Civil Veterinary Dept. Bombay admin report 1893-99 - 1893-1899
Year: 1893
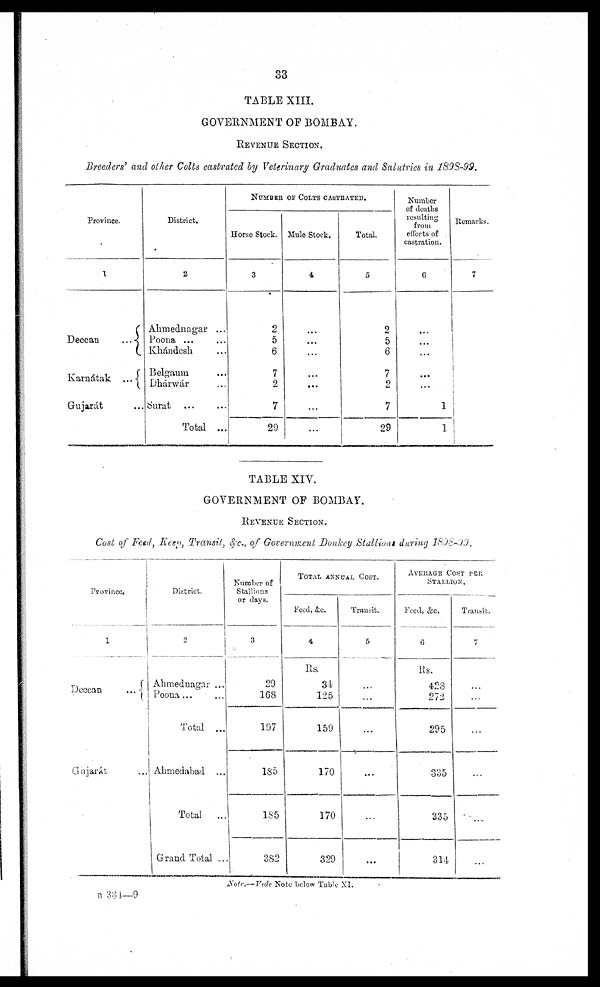
33
TABLE XIII.
GOVERNMENT OF BOMBAY.
REVENUE SECTION.
Breeders' and other Colts castrated by Veterinary Graduates and Salutries in 1898-99.
Province.
1
Deccan ...
Karnátak
...
Gujarát...
District.
2
Ahmednagar ...
Poona ... ...
Khándesh ...
Belgaum ...
Dhárwár ...
Surat ... ...
Total ...
NUMBER OF COLTS CASTRATED.
Horse Stock.
3
2
5
6
7
2
7
29
Mule Stock.
4
...
...
...
...
...
...
...
...
Total.
5
2
5
6
7
2
7
29
Number
of deaths
resulting
from
effects of
castration.
6
...
...
...
...
...
...
1
1
Remarks.
7
TABLE XIV.
GOVERNMENT OF BOMBAY.
REVENUE SECTION.
Cost of Feed, Keep, Transit, &c., of Government Donkey Stallions during 1898-99.
Province.
1
Deccan
...
Gujarát ...
District.
2
Ahmednagar ...
Poona ... ...
Total ...
Ahmedabad ...
Total ...
Grand Total ...
Number of
Stallions
or days.
3
29
168
197
185
185
382
TOTAL ANNUAL COST.
Feed, &c.
4
Rs.
34
125
159
170
170
329
Transit.
5
...
...
...
...
...
...
AVERAGE COST PER
STALLION.
Feed, &c.
6
Rs.
428
272
295
335
335
314
Transit.
7
...
...
...
...
...
...
Note.—Vide Note below Table XI.
B 334—9